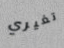
تغيري